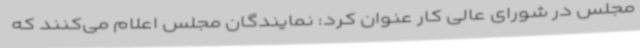
مجلس در شورای عالی کار عنوان کرد: نمایندگان مجلس اعلام می‌کنند که